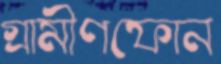
গ্রামীণফোন